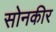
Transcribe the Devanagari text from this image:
सोनकीर